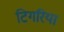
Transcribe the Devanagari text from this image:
टिगरिया